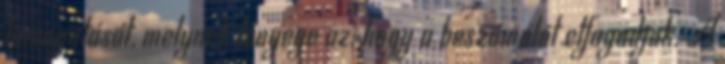
támogatását, melynek lényege az, hogy a beszámolót elfogadjuk. A